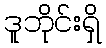
ဒူဘိုင်းရှိ